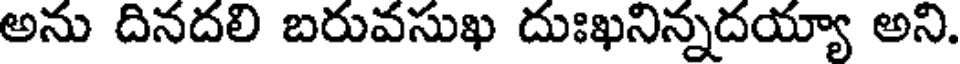
అను దినదలి బరువసుఖ దుఃఖనిన్నదయ్యా అని.